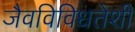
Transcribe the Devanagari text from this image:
जैवविविधतेशी